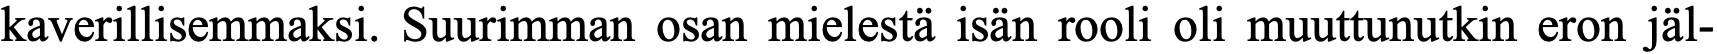
kaverillisemmaksi. Suurimman osan mielestä isän rooli oli muuttunutkin eron jäl-